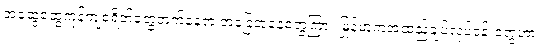
အထွေထွေကုန်ကျစရိတ်တွေတက်နေတဲ့ အခြေအနေတွေကြား မြန်မာကအထည်ချုပ်လုပ်ငန်းတွေဟာ